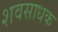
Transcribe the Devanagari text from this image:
शवसाधक